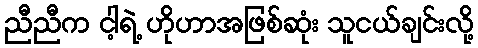
ညီညီက ငါ့ရဲ့ ဟိုဟာအဖြစ်ဆုံး သူငယ်ချင်းလို့